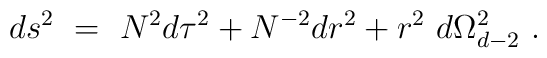
ds^2~=~ N^2 d\tau^2 + N^{-2} dr^2 + r^2~d \Omega_{d-2}^2~.